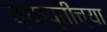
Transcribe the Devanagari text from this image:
व्याप्तीच्या